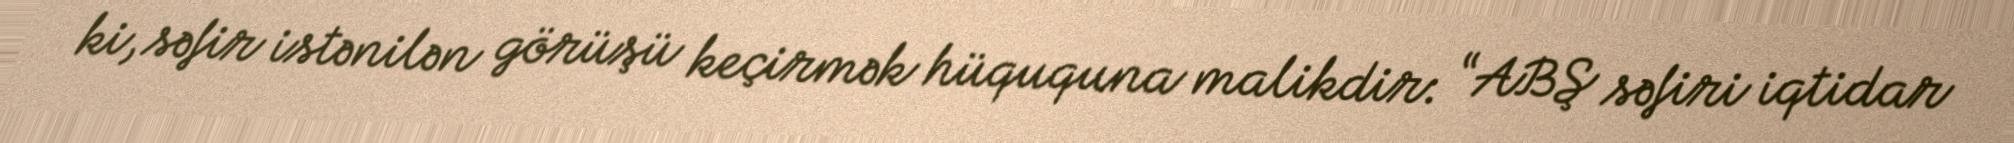
ki, səfir istənilən görüşü keçirmək hüququna malikdir: “ABŞ səfiri iqtidar